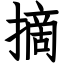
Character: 摘